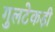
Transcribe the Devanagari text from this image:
गुलटेकड़ी